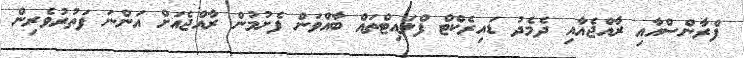
ފްރާންސްއާއި ރާއްޖެއާއި ދެމެދު ޑައިރެކްޓް ފްލައިޓްތައް ބާއްވަން ފެށުމުން ރާއްޖެއަށް އަންނަ ފަތުރުވެރިން